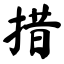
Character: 措